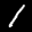
Label: 1